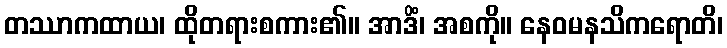
တဿာကထာယ၊ ထိုတရားစကား၏။ အာဒိံ၊ အစကို။ နေဝမနသိကရောတိ၊